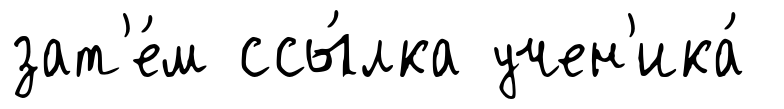
зат'е́м ссы́лка учен'ика́